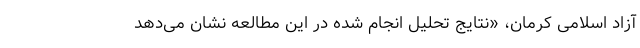
آزاد اسلامی کرمان، «نتایج تحلیل انجام شده در این مطالعه نشان می‌دهد